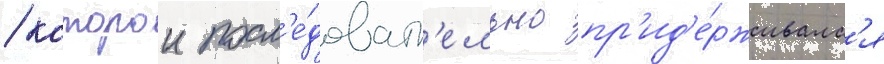
/ которои посл'е́доват'ельно пр'ид'е́рживалс'я